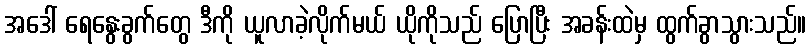
အဒေါ် ရေနွေးခွက်တွေ ဒီကို ယူလာခဲ့လိုက်မယ် ယိုကိုသည် ပြောပြီး အခန်းထဲမှ ထွက်ခွာသွားသည်။